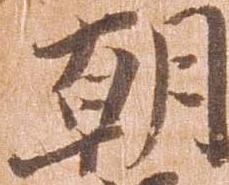
朝